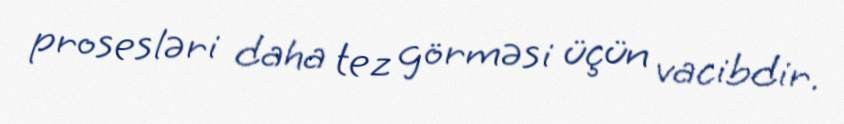
prosesləri daha tez görməsi üçün vacibdir.